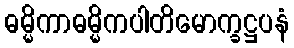
ဓမ္မိကာဓမ္မိကပါတိမောက္ခဋ္ဌပနံ